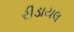
રીડાયલ